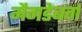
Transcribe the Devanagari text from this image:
मैगडेबर्ग